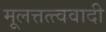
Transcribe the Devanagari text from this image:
मूलत्तत्त्ववादी